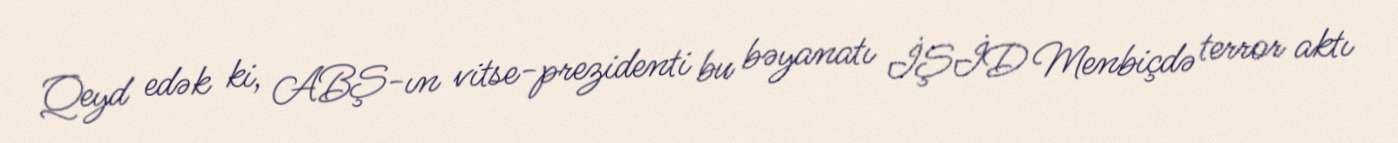
Qeyd edək ki, ABŞ-ın vitse-prezidenti bu bəyanatı İŞİD Menbiçdə terror aktı